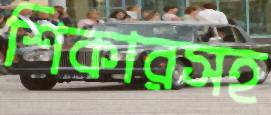
শিকারসহ